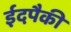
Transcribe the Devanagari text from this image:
ईदपैकी